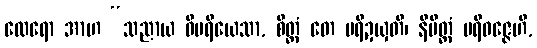
ထေရော အာဟ “သညာယ ဝိပရိယေသာ, စိတ္တံ တေ ပရိဍယှတိ၊ နိမိတ္တံ ပရိဝဇ္ဇေဟိ,